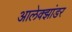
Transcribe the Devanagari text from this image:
आलेक्झांडर